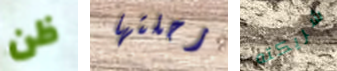
ظن رحلتها شريكته